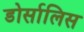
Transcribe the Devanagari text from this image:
डोर्सालिस